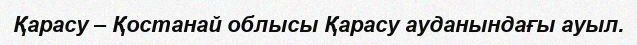
Қарасу – Қостанай облысы Қарасу ауданындағы ауыл.